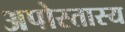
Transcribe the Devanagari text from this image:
अपोस्तास्य